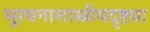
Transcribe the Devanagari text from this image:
भूरचनाशास्त्रीयदृष्ट्या